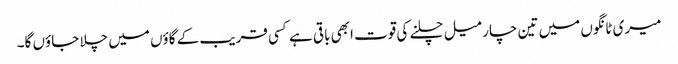
میری ٹانگوں میں تین چار میل چلنے کی قوت ابھی باقی ہے کسی قریب کے گاؤں میں چلا جاؤں گا۔